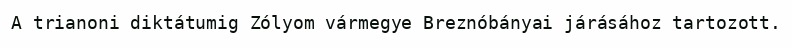
A trianoni diktátumig Zólyom vármegye Breznóbányai járásához tartozott.